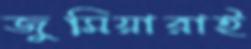
জুমিয়ারাই